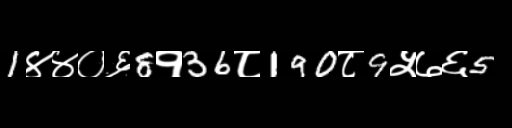
Text: 1४४०६8१36८190८9५७६5